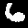
Digit: 6